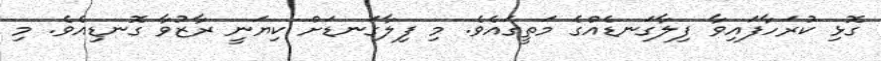
ގޮޅި ކުރަހާފައިވާ ފިލާގަނޑެއްގެ މަތީގައެވެ. މި ފިލާގަނޑަށް ކިޔަނީ ރާޒުވާ ގޮނޑިއެވެ. މި